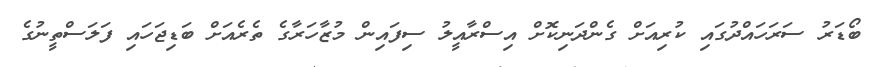
ބޯޑަރު ސަރަހައްދުގައި ކުރިއަށް ގެންދަނިކޮށް އިސްރާއީލުު ސިފައިން މުޒާހަރާގެ ތެރެއަށް ބަޑިޖަހައި ފަލަސްތީނުގެ